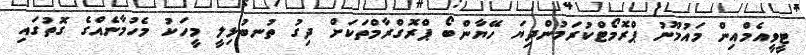
ޓީވީއެމްއިން މައުމޫނު ޕްރޮމޯޓްކުރަމުންދިޔަ ހޭޔާންބޯ ޕްރޮގްރާމްތަކަށް ދިގު ތުނބުޅިލީ މީހަކު މެހުމާނެއްގެ ގޮތުގައި